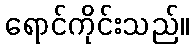
ရောင်ကိုင်းသည်။